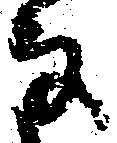
な